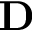
\mathbf { D }